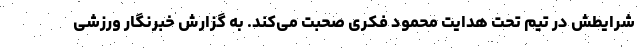
شرایطش در تیم تحت هدایت محمود فکری صحبت می‌کند. به گزارش خبرنگار ورزشی